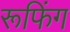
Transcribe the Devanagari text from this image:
रूफिंग